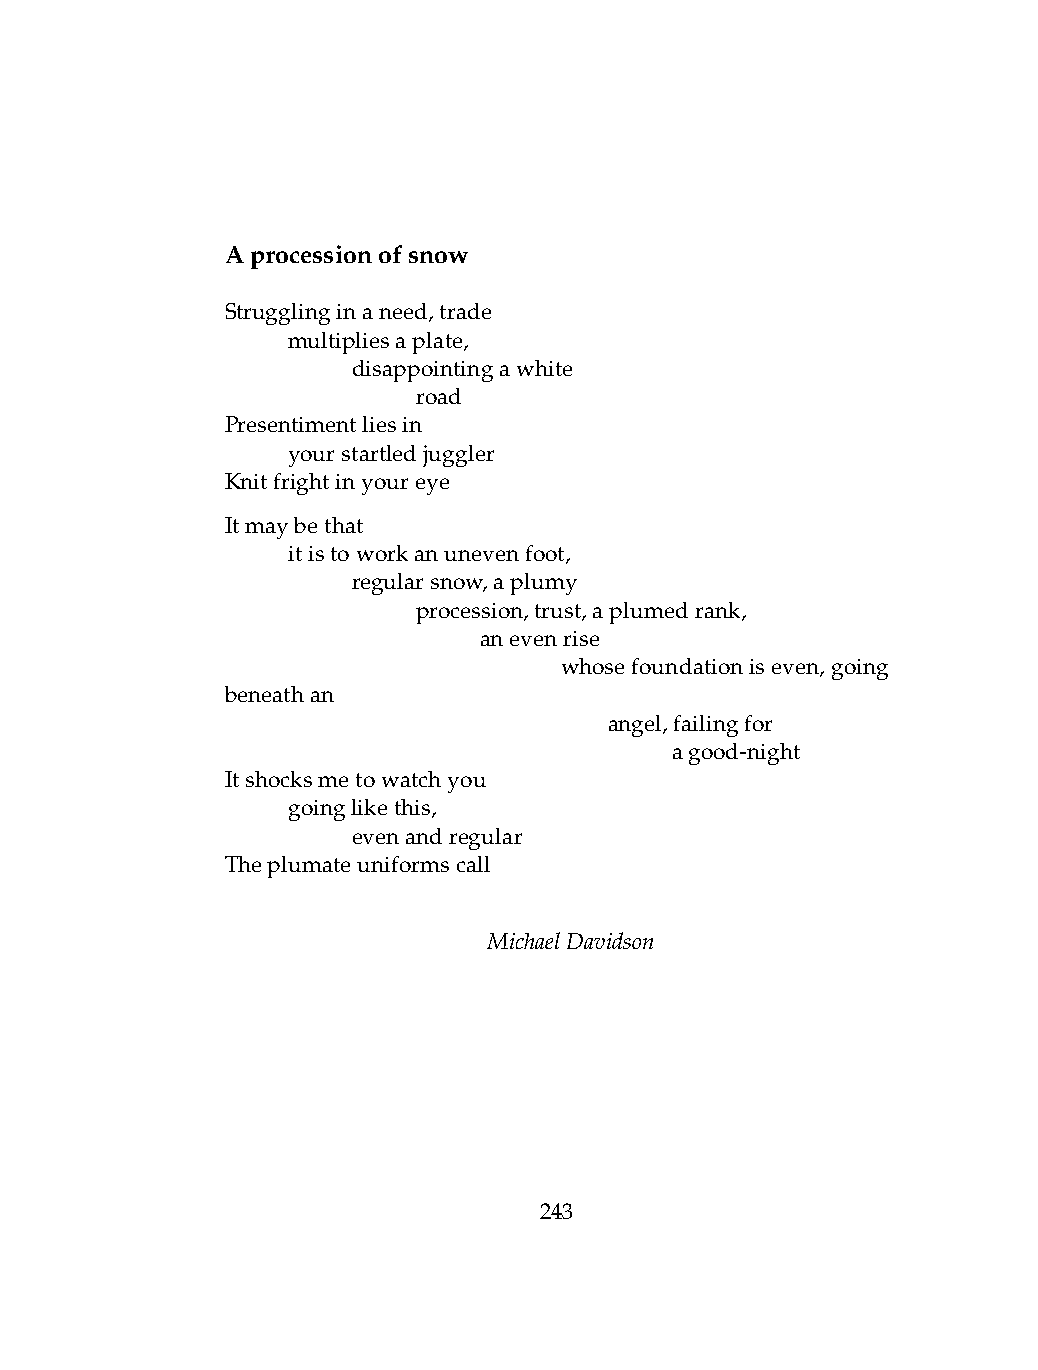
Aprocessionofsnow
 Strugglinginaneed,trade
 .   multipliesaplate,
 .   .   disappointingawhite
 .   .   .    road
 Presentimentliesin
 .   yourstartledjuggler
 Knitfrightinyoureye
 Itmaybethat
 .   itistoworkanunevenfoot,
 .   .   regularsnow,aplumy
 .   .   .    procession,trust,aplumedrank,
 .   .   .    .   anevenrise
 .   .    .   .    .   whosefoundationiseven,going
 beneathan
 .   .   .    .   .   .   angel,failingfor
 .   .   .    .   .   .   .   agood-night
 Itshocksmetowatchyou
 .   goinglikethis,
 .   .   evenandregular
 Theplumateuniformscall
 MichaelDavidson
 243